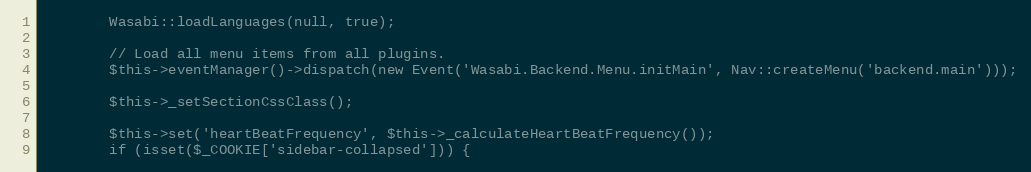
Language: PHP
        Wasabi::loadLanguages(null, true);

        // Load all menu items from all plugins.
        $this->eventManager()->dispatch(new Event('Wasabi.Backend.Menu.initMain', Nav::createMenu('backend.main')));

        $this->_setSectionCssClass();

        $this->set('heartBeatFrequency', $this->_calculateHeartBeatFrequency());
        if (isset($_COOKIE['sidebar-collapsed'])) {